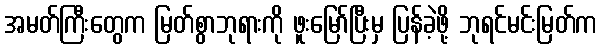
အမတ်ကြီးတွေက မြတ်စွာဘုရားကို ဖူးမြော်ပြီးမှ ပြန်ခဲ့ဖို့ ဘုရင်မင်းမြတ်က